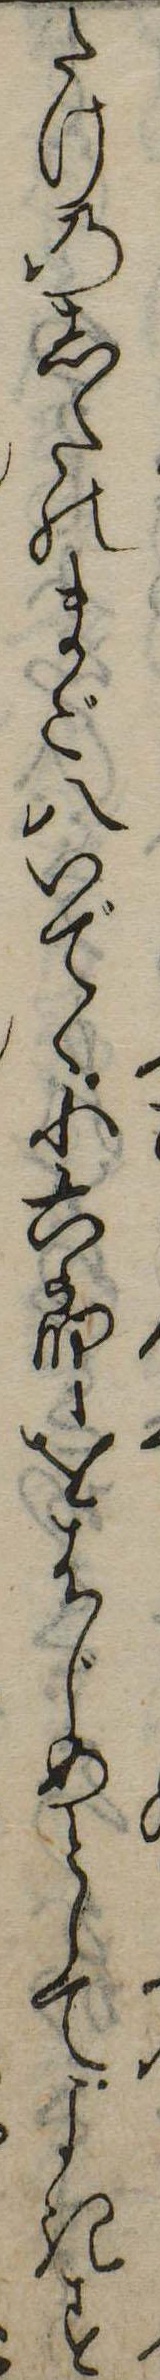
たけのしたのまご八いでゝ小六郎をはじめとしてよきす